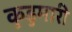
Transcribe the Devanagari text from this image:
कुडुमारी